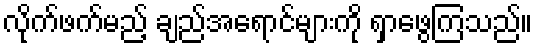
လိုက်ဖက်မည့် ချည်အရောင်များကို ရှာဖွေကြသည်။